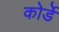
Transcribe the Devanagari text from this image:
कोर्डे